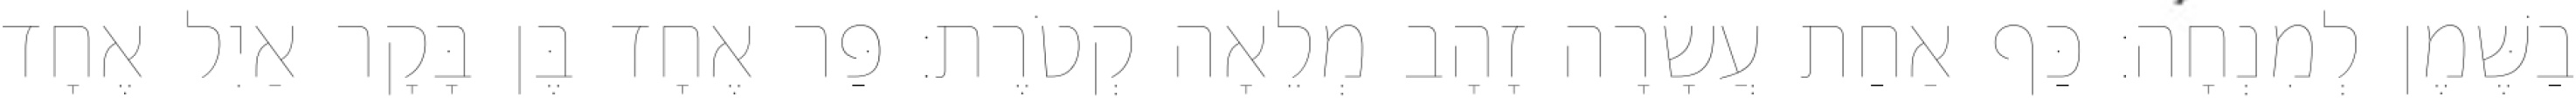
בַשֶּׁמֶן לְמִנְחָה׃ כַּף אַחַת עֲשָׂרָה זָהָב מְלֵאָה קְטֹרֶת׃ פַּר אֶחָד בֶּן בָּקָר אַיִל אֶחָד